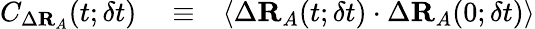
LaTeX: \begin{array}{rlr}{C_{\Delta\mathbf{R}_{A}}(t;\delta t)}&{{}\equiv}&{\left\langle\Delta\mathbf{R}_{A}(t;\delta t)\cdot\Delta\mathbf{R}_{A}(0;\delta t)\right\rangle}\end{array}